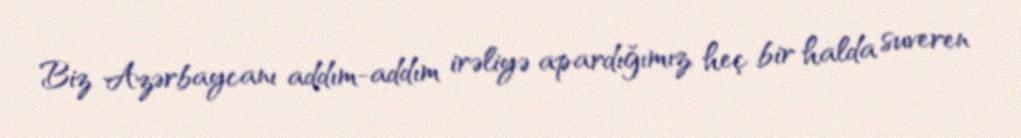
Biz Azərbaycanı addım-addım irəliyə apardığımız, heç bir halda suveren